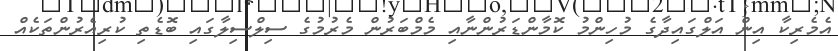
އެމެރިކާ އިން އަލްގައިދާގެ މުހިންމު ކޮމާންޑަރުންނާއި މެމްބަރުން މެރުމުގެ ސިލްސިލާގައި ބޮޑެތި ކުރިއެރުންތަކެއް